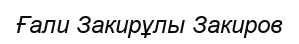
Ғали Закирұлы Закиров